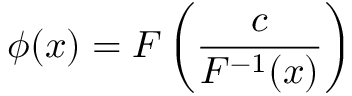
\phi ( x ) = F \left( \frac { c } { F ^ { - 1 } ( x ) } \right)